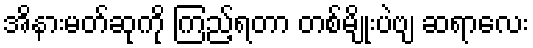
အိနားမတ်ဆုကို ကြည့်ရတာ တစ်မျိုးပဲဗျ ဆရာလေး